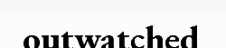
outwatched